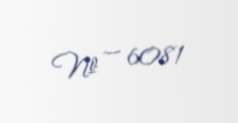
№ — 6081